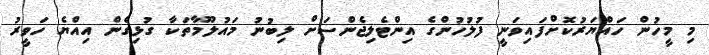
މި މީހުން ހައްޔަރުކޮށްފައިވަނީ ފުލުހުންގެ އިންޓެލިޖެންސަށް ލިބުނު މައުލޫމާތަކާ ގުޅިގެން އިއްޔެ ހަވީރު